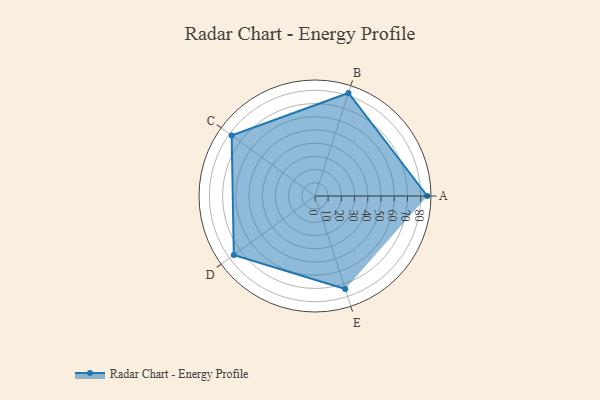
{"axis": {"x": "Skill", "y": "Score"}, "legend": ["Profile"], "data": [{"x": "A", "y": 85.0, "type": "Profile"}, {"x": "B", "y": 82.0, "type": "Profile"}, {"x": "C", "y": 78.0, "type": "Profile"}, {"x": "D", "y": 76.0, "type": "Profile"}, {"x": "E", "y": 74.0, "type": "Profile"}]}